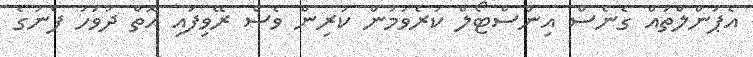
އެޕަންލްތައް ގެނެސް އިންސްޓޯލް ކުރެވުމުން ކުރިން ވެސް ރޭވިފައި އޮތް ދުވަހު ފެނުގެ